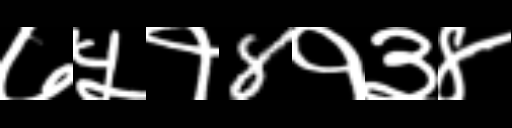
Text: ७५१8१३४